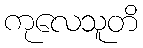
ကုလေသူတိ